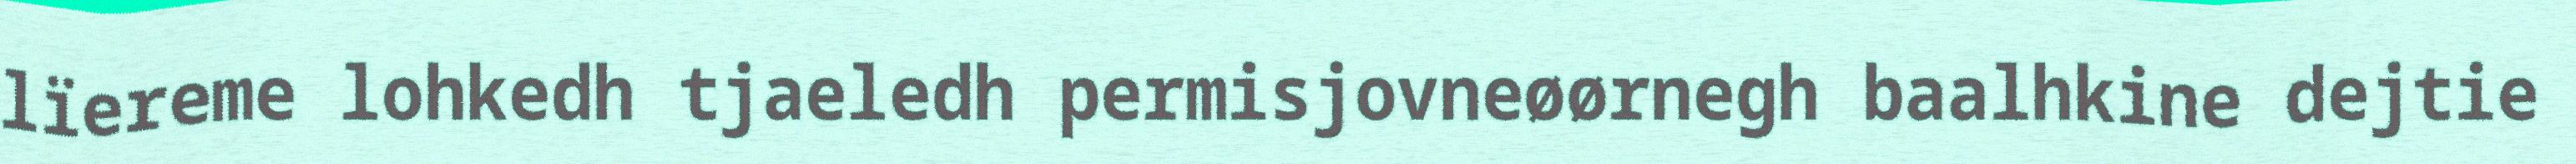
lïereme lohkedh tjaeledh permisjovneøørnegh baalhkine dejtie